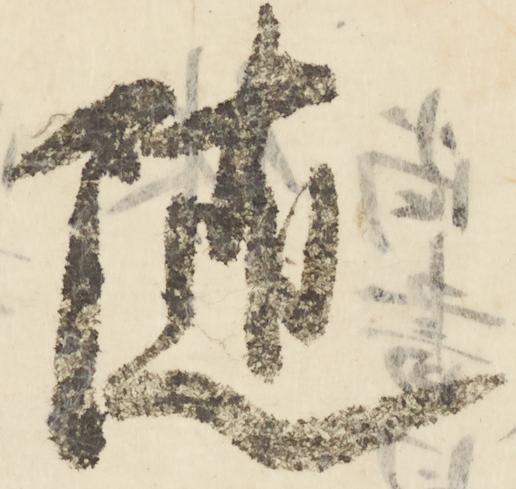
随